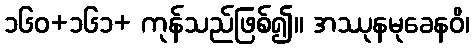
၁၆၀+၁၆၁+ ကုန်သည်ဖြစ်၍။ အဿုနမုခေနဝိ၊